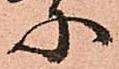
に